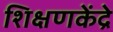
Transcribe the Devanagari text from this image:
शिक्षणकेंद्रे